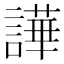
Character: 譁